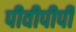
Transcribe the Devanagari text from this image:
पीवीपीपी